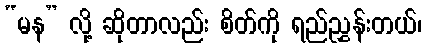
“မန” လို့ ဆိုတာလည်း စိတ်ကို ရည်ညွှန်းတယ်၊